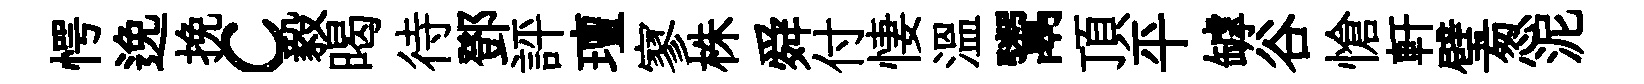
愕𨓜挽c毅暍待鄧評璮寥株舜付悽温鬻頂平罅谷愴軒璧怱泥